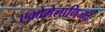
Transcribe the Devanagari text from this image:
एक्रोमेलानिज्म